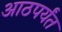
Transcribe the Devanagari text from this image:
आठपर्यंत